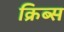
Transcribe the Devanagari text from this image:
क्रिब्स